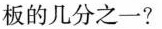
板的几分之一？